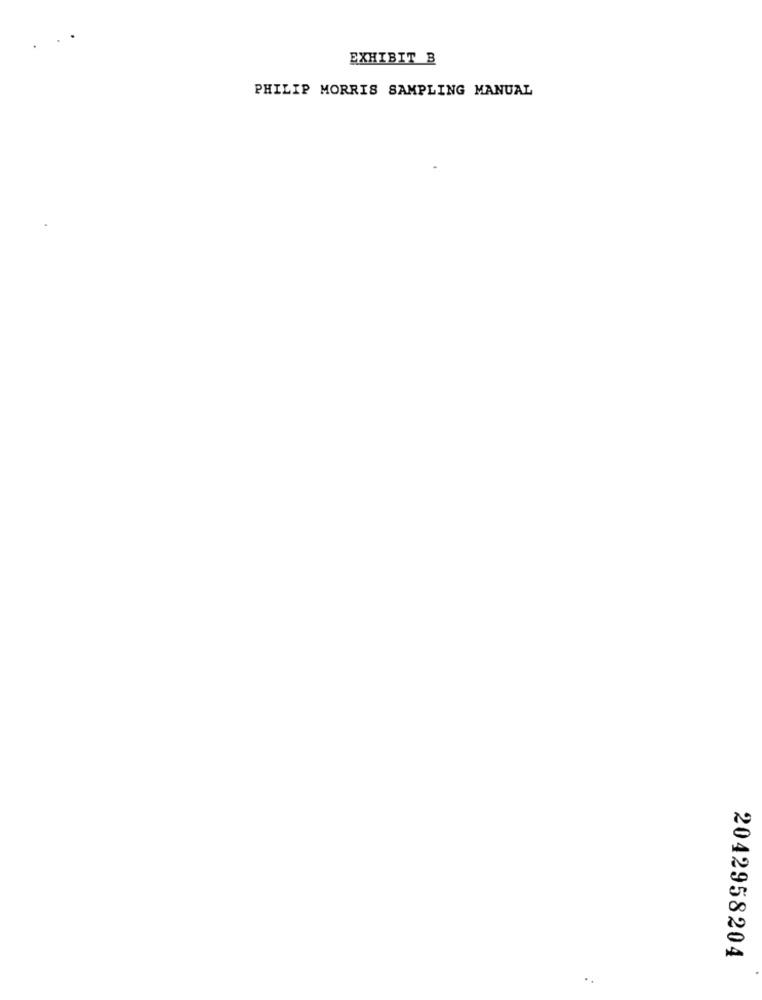
EXHIBIT B
PHILIP MORRIS SAMPLING MANUAL
2042958204